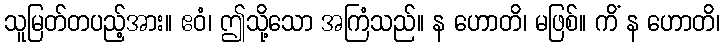
သူမြတ်တပည့်အား။ ဧဝံ၊ ဤသို့သော အကြံသည်။ န ဟောတိ၊ မဖြစ်။ ကိံ န ဟောတိ၊